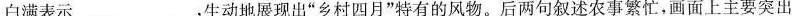
白满表示___，生动地展现出“乡村四月”特有的风物。后两句叙述农事繁忙，画面上主要突出